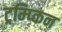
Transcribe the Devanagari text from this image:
ट्रम्प्किन